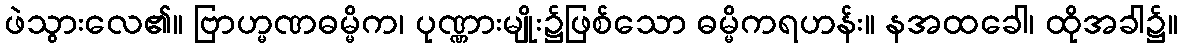
ဖဲသွားလေ၏။ ဗြာဟ္မဏဓမ္မိက၊ ပုဏ္ဏားမျိုး၌ဖြစ်သော ဓမ္မိကရဟန်း။ နအထခေါ၊ ထိုအခါ၌။